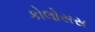
કોલોસસ